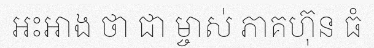
អះអាង ថា ជា ម្ចាស់ ភាគហ៊ុន ធំ